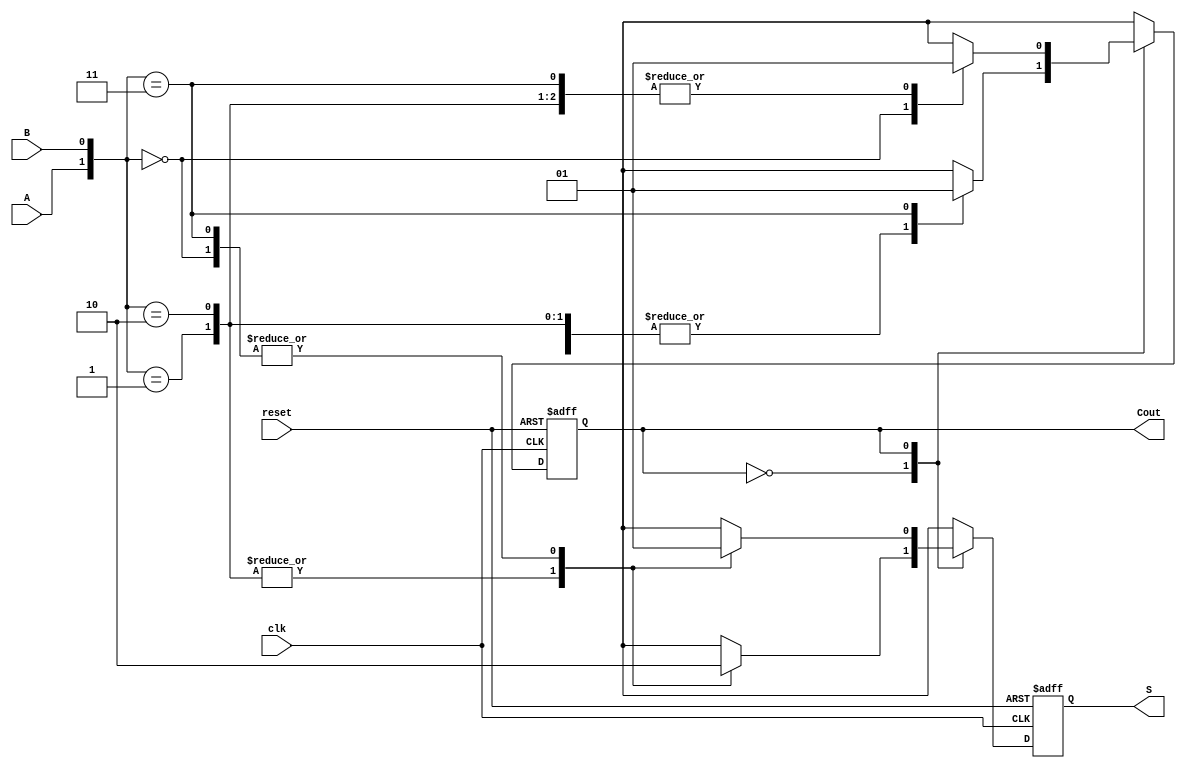
//behavioural description of Serial Adder
/*
module serialAdder(S,Cout,A,B,clk,reset);
	input A,B,clk,reset;
	output reg S,Cout;

	always @ (posedge clk , posedge reset) begin
		if (reset) begin
			Cout <= 0;
			S <= 0;
		end
		else {Cout,S} <= A+B+Cout;
	end
endmodule
*/

//mealy state diagram for a serial serialAdder
module serialAdder(S,Cout,A,B,clk,reset);
	input A,B,clk,reset;
	output reg S,Cout;

	always @ (posedge clk , posedge reset) begin
	if (reset) begin
		Cout <= 0;
		S <= 0;
	end
	else
		case (Cout)
			0 : case ({A,B})
						2'b00 : begin Cout <= 0; S <= 0; end
						2'b01 : begin Cout <= 0; S <= 1; end
						2'b10 : begin Cout <= 0; S <= 1; end
						2'b11 : begin Cout <= 1; S <= 0; end
						default : begin Cout <= 0; S <= 0; end
					endcase
			1 : case ({A,B})
			 			2'b00 : begin Cout <= 0; S <= 1; end
						2'b01 : begin Cout <= 1; S <= 0; end
						2'b10 : begin Cout <= 1; S <= 0; end
						2'b11 : begin Cout <= 1; S <= 1; end
						default : begin Cout <= 0; S <= 0; end
					endcase
			default : begin Cout <= 0; S <= 0; end
		endcase
	end
endmodule

module testbench;
	reg A,B,clk,reset;
	wire S,Cout;
	reg [7:0] inputA = 8'b00100110;
	reg [7:0] inputB = 8'b10111011;
	integer i;
	serialAdder DUT (S,Cout,A,B,clk,reset);

 	always #5 clk = ~clk;

	initial begin
		$dumpfile ("waveform.vcd");
		$dumpvars (0,testbench);
		clk=0;
		reset=0;
		#1 reset=1;
		#1 reset=0;
		$display("InputA=%b",inputA);
		$display("InputB=%b",inputB);
		$display("------------------------");
		for (i=0;i<8;i=i+1) begin
			A = inputA[i];
			B = inputB[i];
			#10 $display ("time = %2d : i= %1d : A=%b : B=%b : S=%b : Cout=%b",$time,i,A,B,S,Cout);
		end
	end
	initial #100 $finish;
endmodule